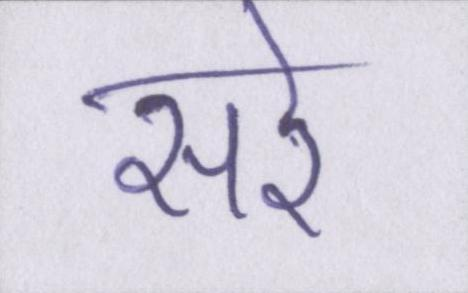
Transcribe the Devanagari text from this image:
सरे